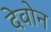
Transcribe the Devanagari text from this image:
देवोन